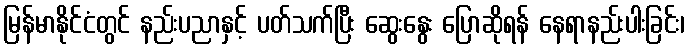
မြန်မာနိုင်ငံတွင် နည်းပညာနှင့် ပတ်သက်ပြီး ဆွေးနွေး ပြောဆိုရန် နေရာနည်းပါးခြင်း၊